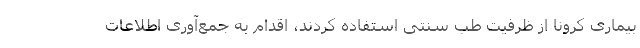
بیماری کرونا از ظرفیت طب سنتی استفاده کردند، اقدام به جمع‌آوری اطلاعات